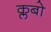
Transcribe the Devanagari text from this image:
क्लबो